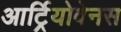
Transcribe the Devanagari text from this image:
आर्ट्रियोवेनस